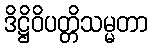
ဒိဋ္ဌိဝိပတ္တိသမ္မတာ